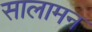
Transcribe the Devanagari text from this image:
सालामन